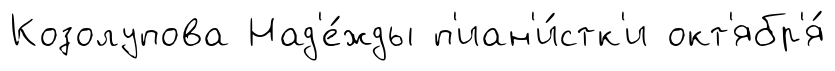
Козолупова Над'е́жды п'иан'и́стк'и окт'ябр'я́